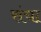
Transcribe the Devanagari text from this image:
संचा